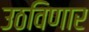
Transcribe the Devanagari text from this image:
उठविणार